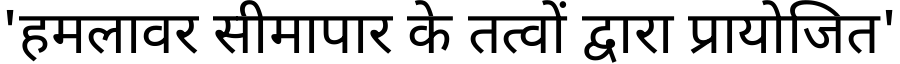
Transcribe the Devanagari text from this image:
'हमलावर सीमापार के तत्वों द्वारा प्रायोजित'